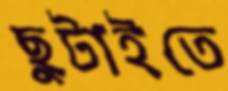
ছুটাইতে